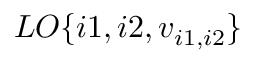
L O \{ i 1 , i 2 , v _ { i 1 , i 2 } \}